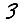
Digit: 3